Report on plague and inoculation in the Punjab from October 1st ... to September 30th..., being the ... season of plague in the province
Disease focus: Plague
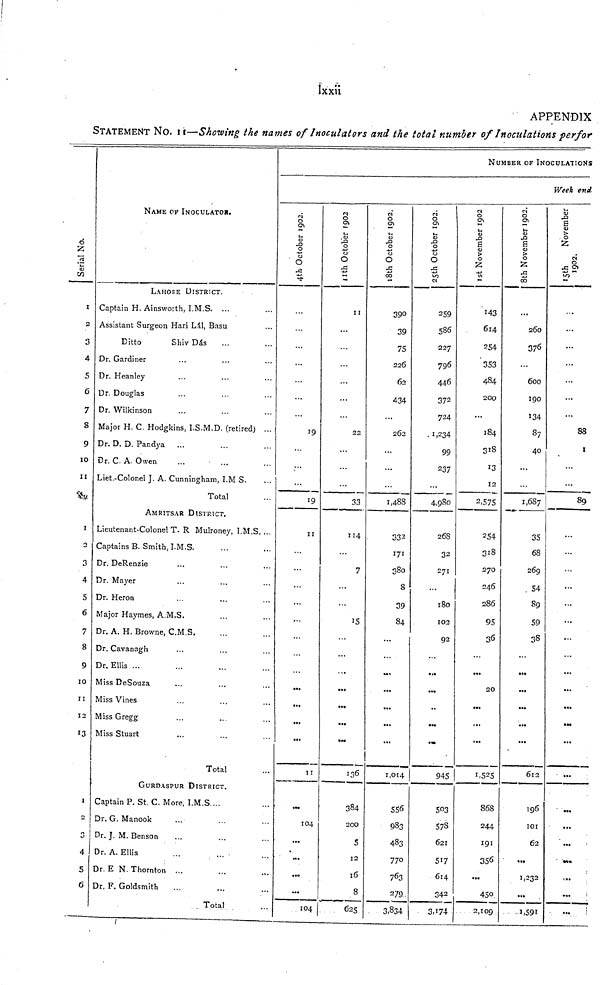
Ixxii
APPENDIX
STATEMENT NO. II—Showing the names of Inoculators and the total number of Inoculations perfor
Serial No.
1
2
3
4
5
6
7
8
9
10
11
1
2
3
4
5
6
7
8
9
10
II
12
13
I
-
3
4
5
6
NAME OF INOCULATOR.
LAHORE DISTRICT.
Captain H. Ainsworth, I.M.S. ...
Assistant Surgeon Hari Lál, Basu
Ditto
Shiv Dás
Dr. Gardiner
Dr. Heanley
Dr. Douglas
Dr. Wilkinson
Major H. C. Hodgkins, I.S.M.D. (retired) ...
Dr. D. D. Pandya
...
Dr. C A. Owen
Liet. Colonel J. A. Cunningham, I.M S.
Total
AMRITSAR DISTRICT.
Lieutenant-Colonel T. R Mulroney, I.M.S. ...
Captains B. Smith, I.M.S.
Dr. DeRenzie
Dr. Mayer
Dr. Heron
Major Haymes, A.M.S.
Dr. A. H. Browne, C.M.S.
Dr. Cavanagh
Dr. Ellis ...
Miss DeSouza
Miss Vines
Miss Gregg
Miss Stuart
Total
GURDASPUR DISTRICT.
Captain P. St. C. More, I.M.S ...
Dr. G. Manook
Dr. J. M.Benson
Dr. A. Ellis
Dr. E N. Thornton ...
Dr, F. Goldsmith
. Total
NUMBER OF INOCULATIONS
Week end
4th October 1902.
19
19
II
...
...
...
...
II
...
104
...
•«.
...
104
11th October 1902
II
22
33
114
7
15
136
384
200
5
12
16
8
625
18th October 1902.
390
39
75
226
62
434
...
262
1,488
332
171
380
8
39
84
1,014
556
983
483
770
763
279
3.834
25th October 1902.
259
586
227
796
446
37 2
724
1,234
99
237
4,980
268
32
271
...
180
102
92
...
945
503
578
621
517
614
342
3,174
1st November 1902
143
614
254
353
484
200
184
318
13
12
2,575
254
318
270
246
286
95
36
20
...
1,525
868
244
191
356
...
450
2,109
8th November 1902.
...
260
376
...
600
190
134
87
40
1,687
35
68
269
. 54
89
59
38
...
...
612
196
101
62
...
1,232
...
1,591
15th Novem
...
...
88
1
...
...
...
...
...
...
...
...
...
...